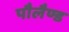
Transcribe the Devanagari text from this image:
पौलैण्ड